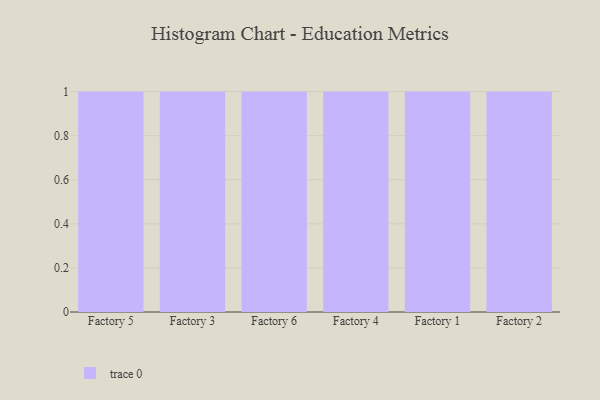
{"axis": {"x": "Factory", "y": "Active Users"}, "legend": [""], "data": [{"x": "Factory 5", "y": 59, "type": ""}, {"x": "Factory 3", "y": 54, "type": ""}, {"x": "Factory 6", "y": 89, "type": ""}, {"x": "Factory 4", "y": 21, "type": ""}, {"x": "Factory 1", "y": 5, "type": ""}, {"x": "Factory 2", "y": 41, "type": ""}]}